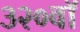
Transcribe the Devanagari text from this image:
३२०वॉ